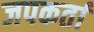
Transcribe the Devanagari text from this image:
जपकर्ता